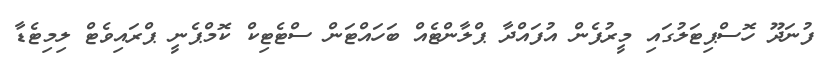
ފުނަދޫ ހޮސްޕިޓަލުގައި މީރުފެން އުފައްދާ ޕްލާންޓެއް ބަހައްޓަން ސްޓެޓިކް ކޮމްޕެނީ ޕްރައިވެޓް ލިމިޓެޑާ